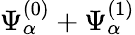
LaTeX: \Psi_{\alpha}^{(0)}+\Psi_{\alpha}^{(1)}